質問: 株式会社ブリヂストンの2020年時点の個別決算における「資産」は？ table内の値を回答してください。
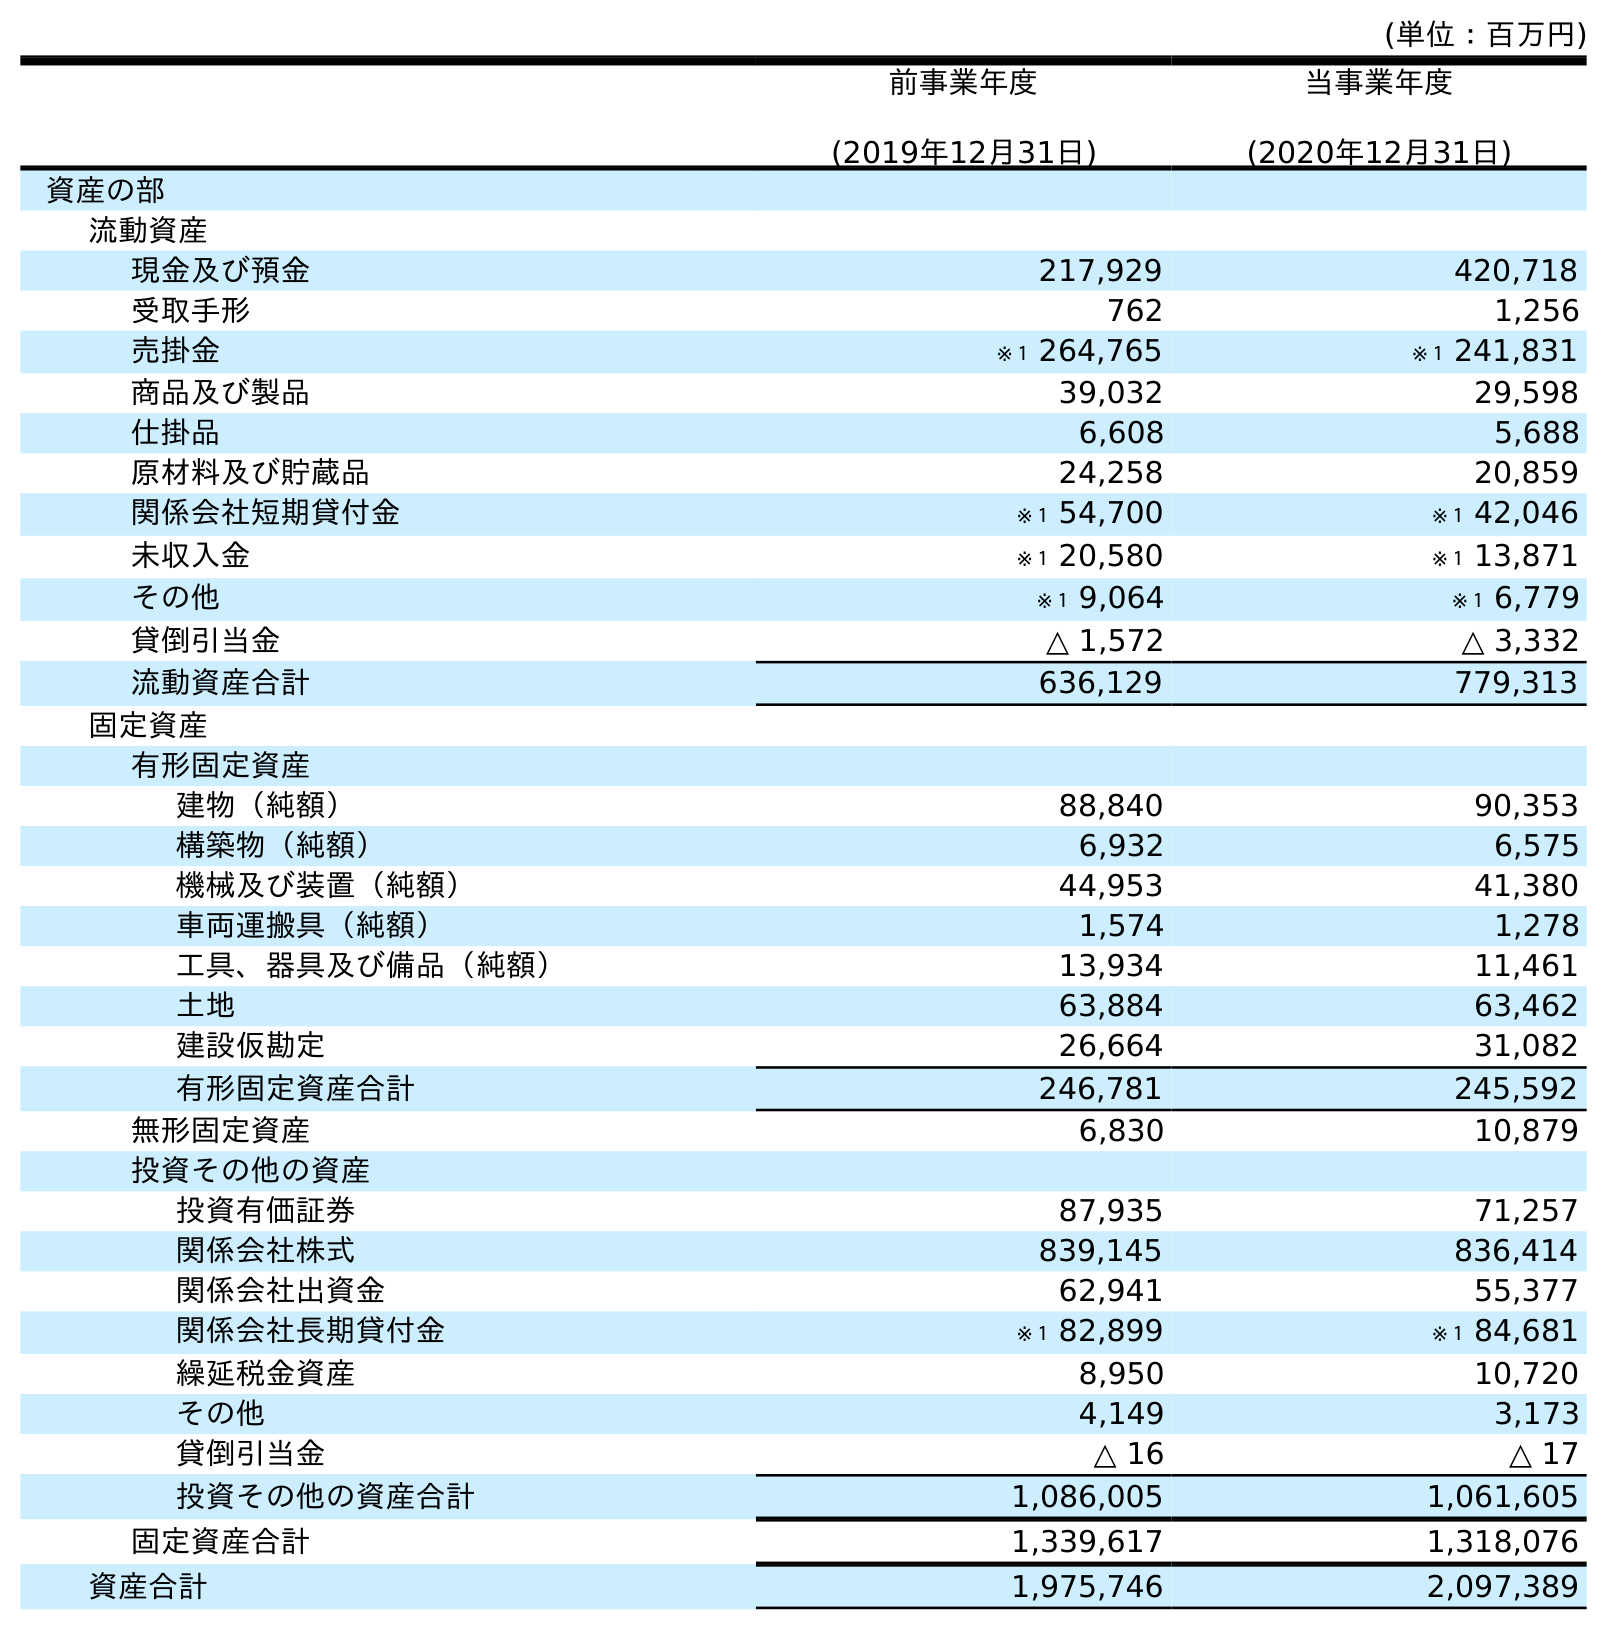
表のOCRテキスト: (単位：百万円) 前事業年度 (2019年12月31日) 当事業年度 (2020年12月31日) 資産の部 流動資産 現金及び預金 217,929 420,718 受取手形 762 1,256 売掛金 ※１ 264,765 ※１ 241,831 商品及び製品 39,032 29,598 仕掛品 6,608 5,688 原材料及び貯蔵品 24,258 20,859 関係会社短期貸付金 ※１ 54,700 ※１ 42,046 未収入金 ※１ 20,580 ※１ 13,871 その他 ※１ 9,064 ※１ 6,779 貸倒引当金 △ 1,572 △ 3,332 流動資産合計 636,129 779,313 固定資産 有形固定資産 建物（純額） 88,840 90,353 構築物（純額） 6,932 6,575 機械及び装置（純額） 44,953 41,380 車両運搬具（純額） 1,574 1,278 工具、器具及び備品（純額） 13,934 11,461 土地 63,884 63,462 建設仮勘定 26,664 31,082 有形固定資産合計 246,781 245,592 無形固定資産 6,830 10,879 投資その他の資産 投資有価証券 87,935 71,257 関係会社株式 839,145 836,414 関係会社出資金 62,941 55,377 関係会社長期貸付金 ※１ 82,899 ※１ 84,681 繰延税金資産 8,950 10,720 その他 4,149 3,173 貸倒引当金 △ 16 △ 17 投資その他の資産合計 1,086,005 1,061,605 固定資産合計 1,339,617 1,318,076 資産合計 1,975,746 2,097,389
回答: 2,097,389